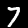
Digit: 7